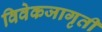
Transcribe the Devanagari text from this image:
विवेकजागृती